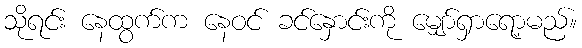
သိုရင်း နေထွက်က နေဝင် ခင်နှောင်းကို မျှော်ရှာရော့မည်။